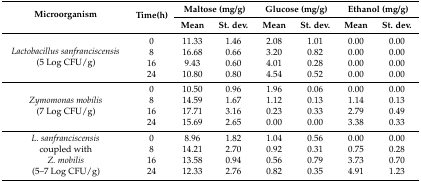
<table><thead><tr><td rowspan="2"><b>Microorganism</b></td><td rowspan="2"><b>Time(h)</b></td><td colspan="2"><b>Maltose (mg/g)</b></td><td colspan="2"><b>Glucose (mg/g)</b></td><td colspan="2"><b>Ethanol (mg/g)</b></td></tr><tr><td><b>Mean</b></td><td><b>St. dev.</b></td><td><b>Mean</b></td><td><b>St. dev.</b></td><td><b>Mean</b></td><td><b>St. dev.</b></td></tr></thead><tbody><tr><td rowspan="4"><i>Lactobacillus sanfranciscensis</i>(5 Log CFU/g)</td><td>0</td><td>11.33</td><td>1.46</td><td>2.08</td><td>1.01</td><td>0.00</td><td>0.00</td></tr><tr><td>8</td><td>16.68</td><td>0.66</td><td>3.20</td><td>0.82</td><td>0.00</td><td>0.00</td></tr><tr><td>16</td><td>9.43</td><td>0.60</td><td>4.01</td><td>0.28</td><td>0.00</td><td>0.00</td></tr><tr><td>24</td><td>10.80</td><td>0.80</td><td>4.54</td><td>0.52</td><td>0.00</td><td>0.00</td></tr><tr><td rowspan="4"><i>Zymomonas mobilis</i>(7 Log CFU/g)</td><td>0</td><td>10.50</td><td>0.96</td><td>1.96</td><td>0.06</td><td>0.00</td><td>0.00</td></tr><tr><td>8</td><td>14.59</td><td>1.67</td><td>1.12</td><td>0.13</td><td>1.14</td><td>0.13</td></tr><tr><td>16</td><td>17.71</td><td>3.16</td><td>0.23</td><td>0.33</td><td>2.79</td><td>0.49</td></tr><tr><td>24</td><td>15.69</td><td>2.65</td><td>0.00</td><td>0.00</td><td>3.38</td><td>0.33</td></tr><tr><td rowspan="4"><i>L. sanfranciscensis</i>coupled with<i>Z. mobilis</i>(5–7 Log CFU/g)</td><td>0</td><td>8.96</td><td>1.82</td><td>1.04</td><td>0.56</td><td>0.00</td><td>0.00</td></tr><tr><td>8</td><td>14.21</td><td>2.70</td><td>0.92</td><td>0.31</td><td>0.75</td><td>0.28</td></tr><tr><td>16</td><td>13.58</td><td>0.94</td><td>0.56</td><td>0.79</td><td>3.73</td><td>0.70</td></tr><tr><td>24</td><td>12.33</td><td>2.76</td><td>0.82</td><td>0.35</td><td>4.91</td><td>1.23</td></tr></tbody></table>